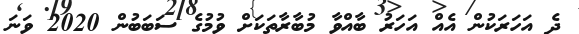
ދެ އަހަރަކުން އެއް އަހަރު ބާއްވާ މުބާރާތަކަށް ވުމުގެ ސަބަބުން 2020 ވަނަ